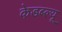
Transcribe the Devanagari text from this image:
केडब्ल्यू